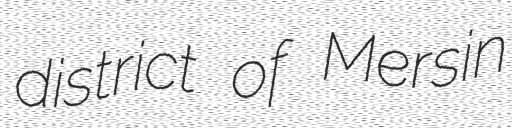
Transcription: district of Mersin